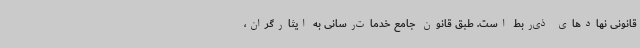
قانونی نهادهای ذی‌ربط است. طبق قانون جامع خدمات‌رسانی به ایثارگران،